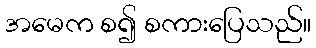
အမေက စ၍ စကားပြေသည်။